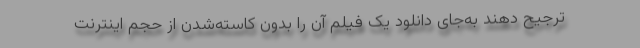
ترجیح دهند به‌جای دانلود یک فیلم آن را بدون کاسته‌شدن از حجم اینترنت